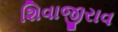
શિવાજીરાવ